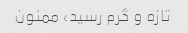
تازه و گرم رسید، ممنون